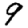
Digit: 9